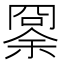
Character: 𠕨